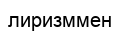
лиризммен